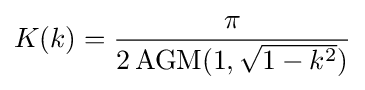
K(k)={\frac {\pi }{2\operatorname {AGM} (1,{\sqrt {1-k^{2}}})}}